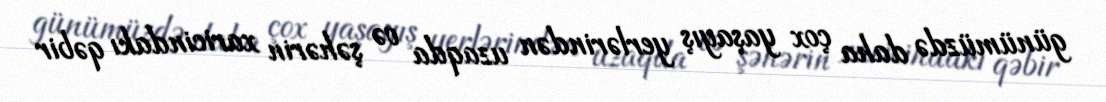
günümüzdə daha çox yaşayış yerlərindən uzaqda və şəhərin xaricindakı qəbir